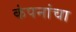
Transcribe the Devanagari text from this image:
कंपनांचा